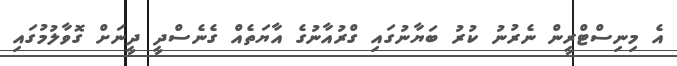
އެ މިނިސްޓްރީން ނެރުނު ކުރު ބަޔާނުގައި ގްރުއާނުގެ އާޔަތެއް ގެނެސްދީ ދީނަށް ގޮވާލުމުގައި